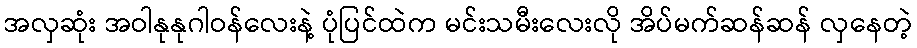
အလှဆုံး အဝါနုနုဂါဝန်လေးနဲ့ ပုံပြင်ထဲက မင်းသမီးလေးလို အိပ်မက်ဆန်ဆန် လှနေတဲ့